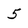
Character: 5